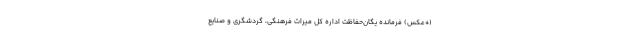
(+عکس) فرمانده یگان‌حفاظت اداره کل میراث ‌فرهنگی، گردشگری و صنایع